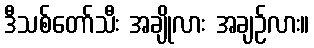
ဒီသစ်တော်သီး အချိုလား အချဉ်လား။